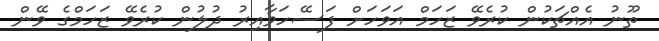
ތޫނު އެއްޗަކުން ކުރެވޭ ޒަހަމް އަވަހަށް ފަސޭހަވާއިރު ދުލުން ކުރެވޭ ޒަހަމްގެ ވޭން